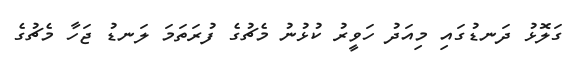
ގަލޮޅު ދަނޑުގައި މިއަދު ހަވީރު ކުޅުނު މެޗުގެ ފުރަތަމަ ލަނޑު ޖަހާ މެޗުގެ